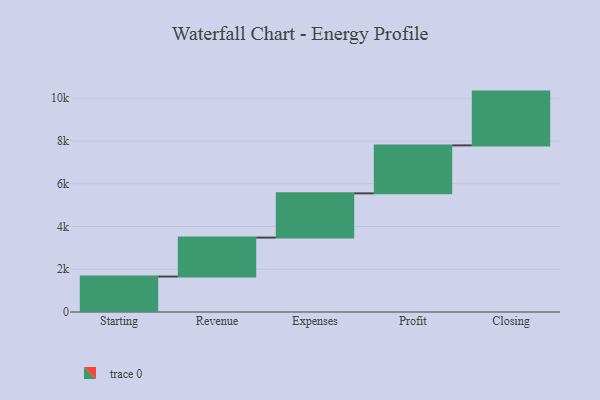
{"axis": {"x": "Step", "y": "Value"}, "legend": [""], "data": [{"x": "Starting", "y": 1658.0, "type": ""}, {"x": "Revenue", "y": 1823.0, "type": ""}, {"x": "Expenses", "y": 2069.0, "type": ""}, {"x": "Profit", "y": 2244.0, "type": ""}, {"x": "Closing", "y": 2516.0, "type": ""}]}